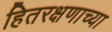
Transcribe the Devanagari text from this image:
हितरक्षणाच्या